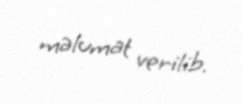
məlumat verilib.